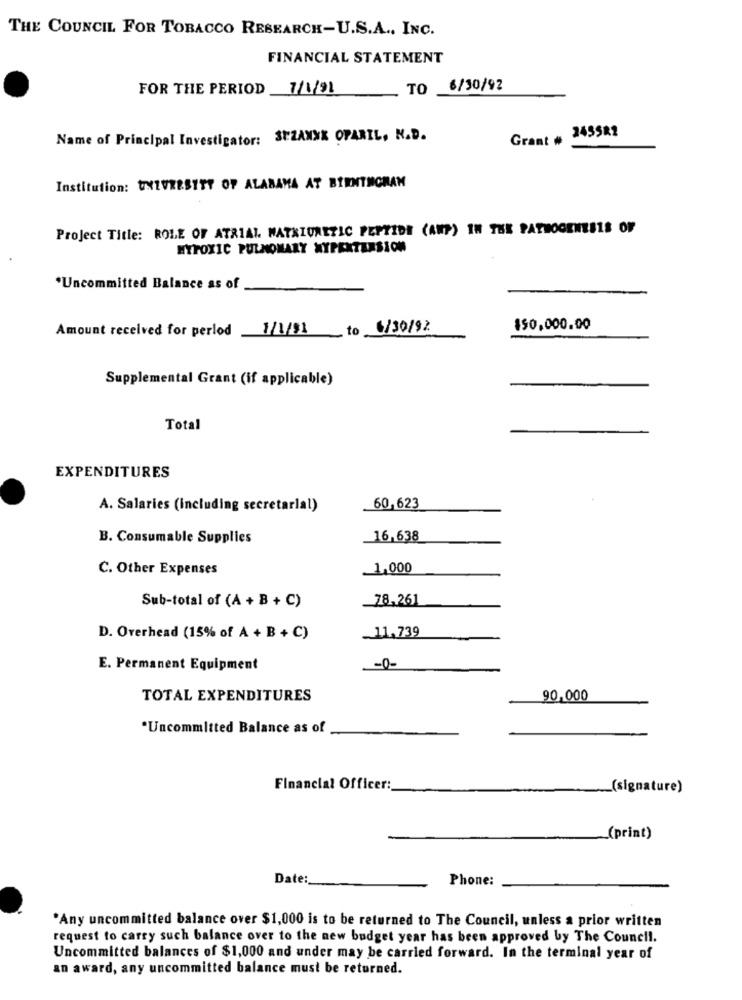
THE COUNCIL FOR TOBACCO RESEARCH-U.S.A ., INC.
FINANCIAL STATEMENT
FOR THE PERIOD 7/1/21
TO .
6/30/92
Grant # 245522
Name of Principal Investigator: SEZAMXX OPARIL, N.D.
Institution: UNIVERSITY OF ALABAMA AT BIRNTMGRAN
Project Title: ROLE OF ATRIAL WATKIURETIC PEPTIDE (AUF) IN THE PATHOGENESIS OF
HYPOXIC PULMONARY HYPERTENSION
*Uncommitted Balance as of
Amount received for perlod
1/111
to 6/30/92
150,000.00
Supplemental Grant (if applicable)
Total
EXPENDITURES
A. Salaries (including secretarial)
60,623
B. Consumable Supplies
_16,638
C. Other Expenses
1,000
Sub-total of (A + B + C)
78,261
.11,739
D. Overhead (15% of A + B + C)
E. Permanent Equipment
-0-
TOTAL EXPENDITURES
90,000
*Uncommitted Balance as of
Financial Officer:
_(signature)
(print)
Date:
Phone:
*Any uncommitted balance over $1,000 is to be returned to The Council, unless a prior written
request to carry such balance over to the new budget year has been approved by The Council.
Uncommitted balances of $1,000 and under may be carried forward. In the terminal year of
an award, any uncommitted balance must be returned.